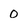
Character: 0